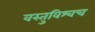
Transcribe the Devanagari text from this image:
वस्तुविश्वच